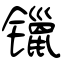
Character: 镴